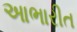
આભારીત